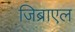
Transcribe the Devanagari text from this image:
जिब्राएल